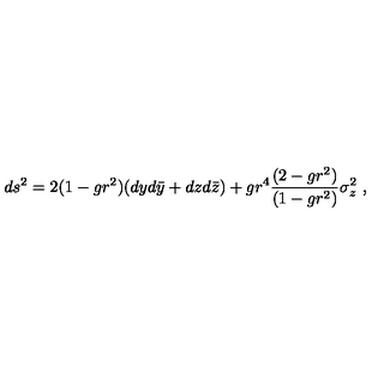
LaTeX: d s ^ { 2 } = 2 ( 1 - g r ^ { 2 } ) ( d y d \bar { y } + d z d \bar { z } ) + g r ^ { 4 } { \frac { ( 2 - g r ^ { 2 } ) } { ( 1 - g r ^ { 2 } ) } } \sigma _ { z } ^ { 2 } \ ,